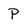
Character: P